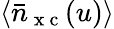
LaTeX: \langle\bar{n}_{\mathrm{~x~c~}}(u)\rangle